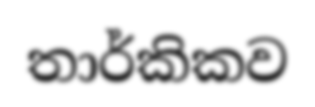
තාර්කිකව